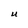
Character: u